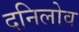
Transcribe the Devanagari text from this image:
दनिलोव